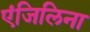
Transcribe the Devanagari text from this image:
एंजिलिना